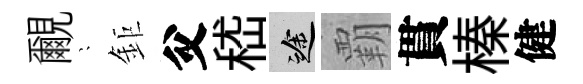
覼隠鉅父嵇途覇貫榛健